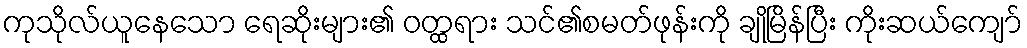
ကုသိုလ်ယူနေသော ရေဆိုးများ၏ ဝတ္ထရား သင်၏စမတ်ဖုန်းကို ချိုမြိန်ပြီး ကိုးဆယ်ကျော်